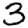
Digit: 3